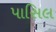
પાસિલ